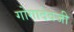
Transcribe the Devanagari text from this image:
गोगादेवजी